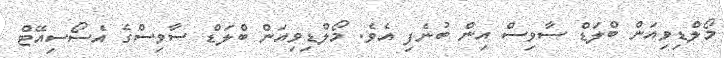
މޯލްޑިވިއަން ބްލަޑް ސާވިސް އިން ބުނެފި އެވެ. މޯލްޑިވިއަން ބްލަޑް ސާވިސްގެ އެސޯސިއޭޓް